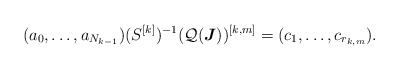
\begin{align*}(a_0,\dots, a_{N_{k-1}})(S^{[k]})^{-1}(\mathcal Q(\boldsymbol J))^{[k,m]}&=(c_1,\dots,c_{r_{k,m}}).\end{align*}